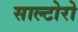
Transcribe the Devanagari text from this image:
साल्टोरो